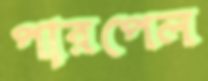
পারপেল